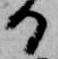
る